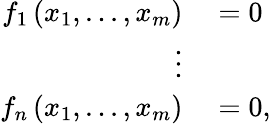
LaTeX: \begin{array}{rl}{f_{1}\left(x_{1},...,x_{m}\right)}&{{}=0}\\ {\vdots}\\ {f_{n}\left(x_{1},...,x_{m}\right)}&{{}=0,}\end{array}